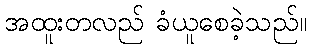
အထူးတလည် ခံယူစေခဲ့သည်။